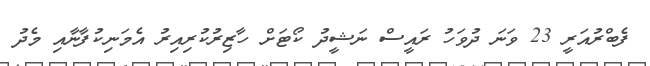
ފެބްރުއަރީ 23 ވަނަ ދުވަހު ރައީސް ނަޝީދު ކޯޓަށް ހާޒިރުކުރިއިރު އެމަނިކުފާނާއި މެދު